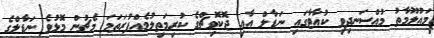
މައުލޫމާތު މުއްސަނދިވި ކުއާޓާގައި ނަޑާލް އާއި ޖޮކޮވިޗްގެ ކުރިމަތިލުމެއްފުރަތަމަ މެޗުން މޮޅުވެ ނަޑާލްގެ